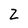
Character: Z